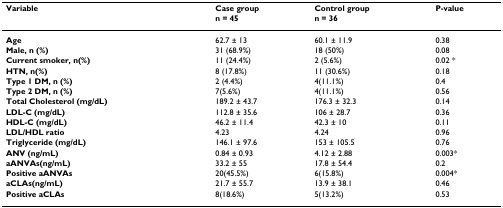
<table><thead><tr><td><b>Variable</b></td><td><b>Case groupn = 45</b></td><td><b>Control groupn = 36</b></td><td><b>P-value</b></td></tr></thead><tbody><tr><td><b>Age</b></td><td>62.7 ± 13</td><td>60.1 ± 11.9</td><td>0.38</td></tr><tr><td><b>Male, n (%)</b></td><td>31 (68.9%)</td><td>18 (50%)</td><td>0.08</td></tr><tr><td><b>Current smoker, n(%)</b></td><td>11 (24.4%)</td><td>2 (5.6%)</td><td>0.02 *</td></tr><tr><td><b>HTN, n(%)</b></td><td>8 (17.8%)</td><td>11 (30.6%)</td><td>0.18</td></tr><tr><td><b>Type 1 DM, n (%)</b></td><td>2 (4.4%)</td><td>4(11.1%)</td><td>0.4</td></tr><tr><td><b>Type 2 DM, n (%)</b></td><td>7(5.6%)</td><td>4(11.1%)</td><td>0.56</td></tr><tr><td><b>Total Cholesterol (mg/dL)</b></td><td>189.2 ± 43.7</td><td>176.3 ± 32.3</td><td>0.14</td></tr><tr><td><b>LDL-C (mg/dL)</b></td><td>112.8 ± 35.6</td><td>106 ± 28.7</td><td>0.36</td></tr><tr><td><b>HDL-C (mg/dL)</b></td><td>46.2 ± 11.4</td><td>42.3 ± 10</td><td>0.11</td></tr><tr><td><b>LDL/HDL ratio</b></td><td>4.23</td><td>4.24</td><td>0.96</td></tr><tr><td><b>Triglyceride (mg/dL)</b></td><td>146.1 ± 97.6</td><td>153 ± 105.5</td><td>0.76</td></tr><tr><td><b>ANV (ng/mL)</b></td><td>0.84 ± 0.93</td><td>4.12 ± 2.88</td><td>0.003*</td></tr><tr><td><b>aANVAs(ng/mL)</b></td><td>33.2 ± 55</td><td>17.8 ± 54.4</td><td>0.2</td></tr><tr><td><b>Positive aANVAs</b></td><td>20(45.5%)</td><td>6(15.8%)</td><td>0.004*</td></tr><tr><td><b>aCLAs(ng/mL)</b></td><td>21.7 ± 55.7</td><td>13.9 ± 38.1</td><td>0.46</td></tr><tr><td><b>Positive aCLAs</b></td><td>8(18.6%)</td><td>5(13.2%)</td><td>0.53</td></tr></tbody></table>